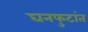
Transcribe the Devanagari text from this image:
घनफुटांत